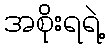
အစိုးရရဲ့